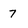
Character: 7